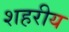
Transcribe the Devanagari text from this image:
शहरीय